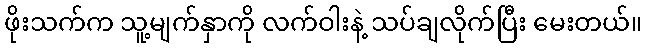
ဖိုးသက်က သူ့မျက်နှာကို လက်ဝါးနဲ့ သပ်ချလိုက်ပြီး မေးတယ်။